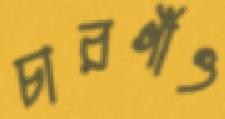
চারগাঁও